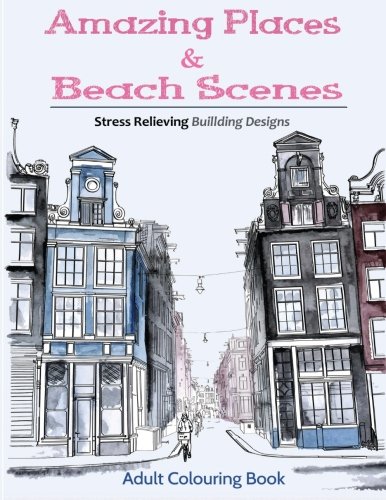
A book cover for Amazing Places & Beach Sceneries: Coloring Books For Adults Featuring Amazing Places & Beautiful Beach Sceneries To Color (Volume 3); coloring books for Adults; Arts & Photography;